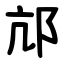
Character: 邟